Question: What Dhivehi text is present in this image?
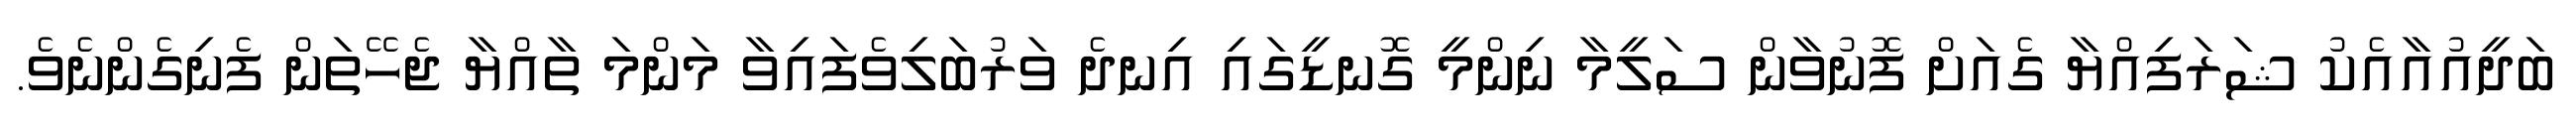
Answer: ބަދީއުއާއެކު ޝަރަފިއްޔާ ގެއަށް ފޮނުވާން ސަލީމާ ނިންމީ ގޮނޑީގައި އިނދެ ވަރުބަލިވެފައިވާ މަންމަ ތާއްޔާ ޖެހޭތަން ފެނިގެންނެވެ.